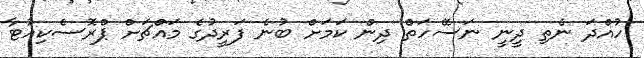
ހުއްދަ ނެތި ދީނީ ނަސޭހަތް ދިން ކަމަށް ބުނެ ފަރީދުގެ މައްޗަށް ޕްރޮސެކިއުޓާ